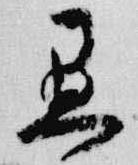
愚